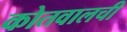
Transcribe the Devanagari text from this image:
कोतवालची